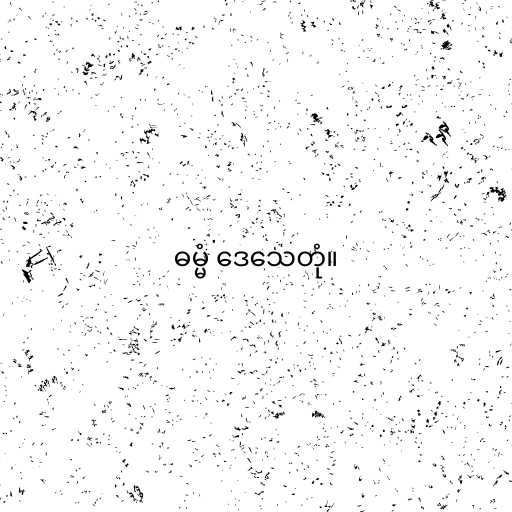
ဓမ္မံ ဒေသေတုံ။